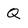
Character: Q